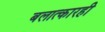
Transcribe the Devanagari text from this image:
बलात्कारही